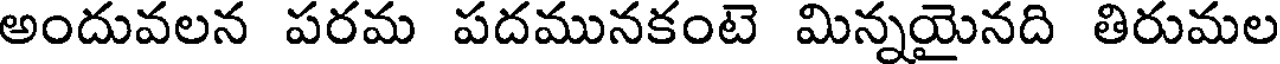
అందువలన పరమ పదమునకంటే మిన్నయైనది తిరుమల